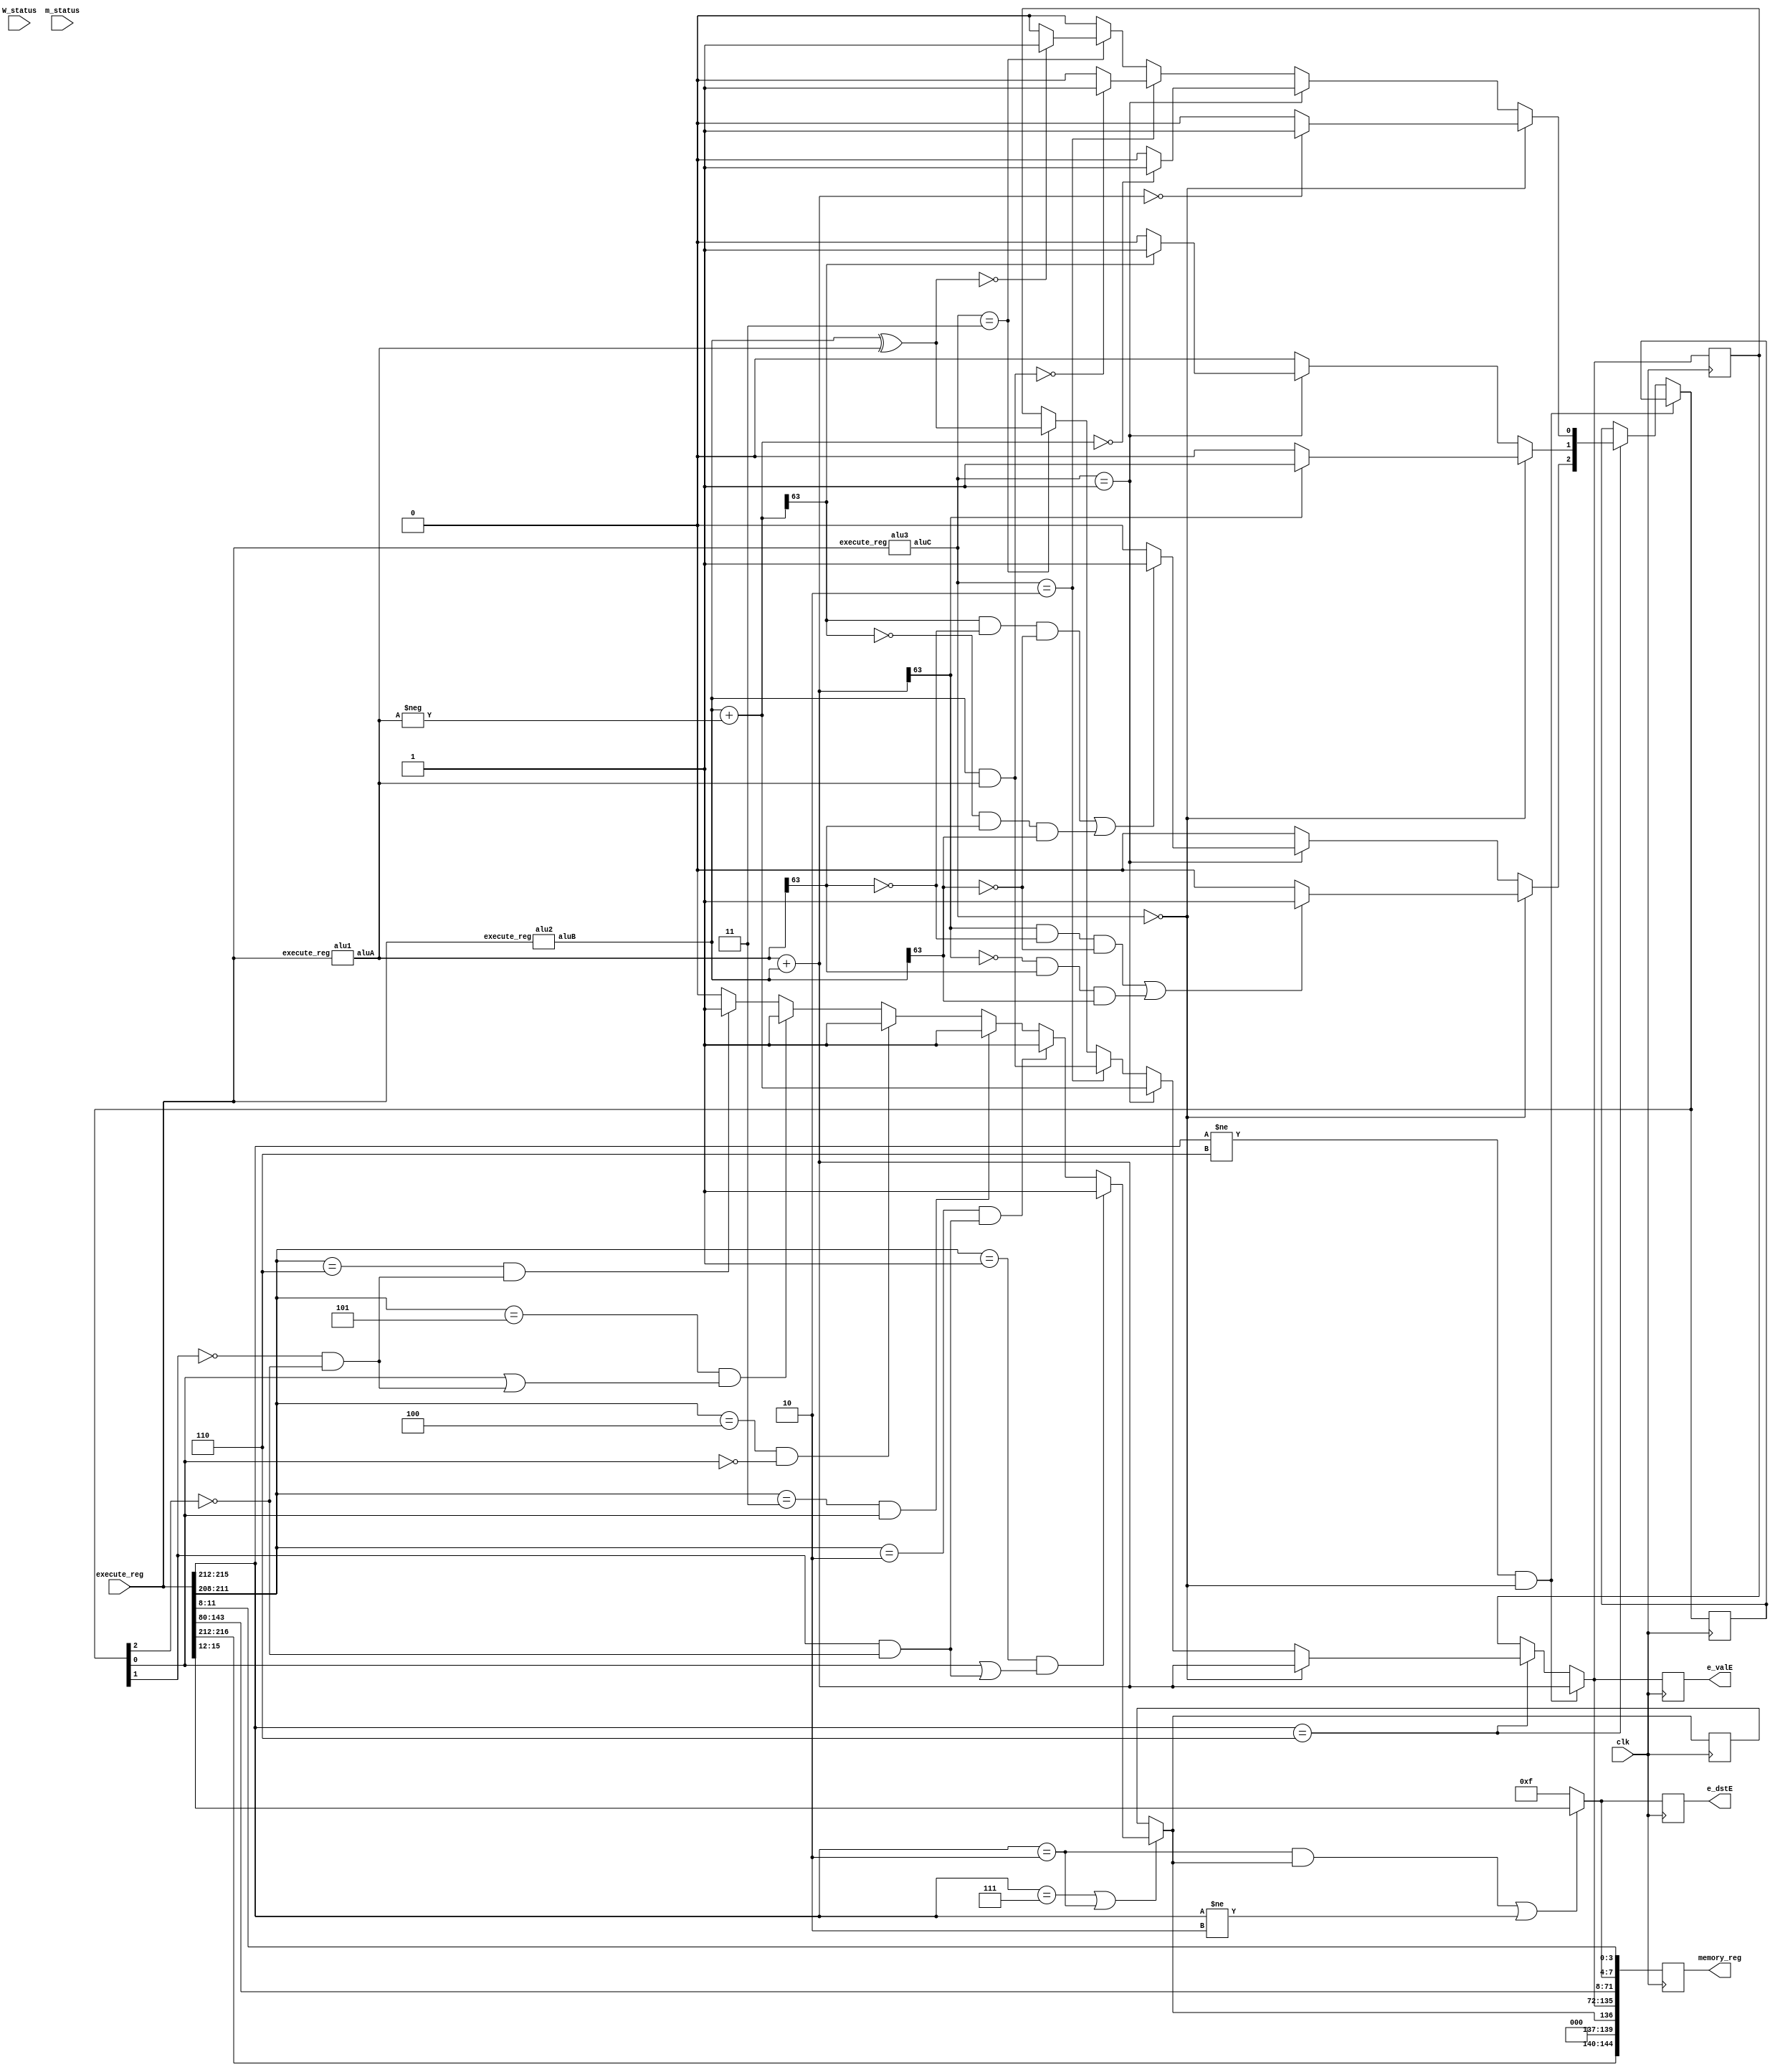
module execute(clk,execute_reg,W_status,m_status,e_valE,e_dstE,memory_reg);
input clk;
input [216:0] execute_reg;
input W_status;
input m_status;
output [63:0] e_valE;
output [3:0] e_dstE;
output reg [144:0] memory_reg;

reg cnd = 0;
reg [2:0] op = 0;

reg [63:0] e_valE;
reg [3:0] e_dstE;
reg [144:0] M;
wire [63:0] aluA;
wire [63:0] aluB;
wire [1:0] aluC;
reg [63:0] valE;
reg [3:0] ifun;

alu1 a1(execute_reg,aluA);
alu2 a2(execute_reg,aluB);
alu3 a3(execute_reg,aluC);

always @ (posedge clk)
begin
	if (execute_reg[215:212] != 6 && aluC == 0)
		valE = aluA + aluB;
	else if (execute_reg[215:212] == 6)
	begin
		op = 0;
		if(aluC == 0)
		begin
			valE = aluA + aluB;
                if(valE == 0)
                        op[0] = 1;
                if (valE[63]==1)
                        op[1] =1;
                if( (valE[63]==1 && aluA[63]==0 && aluB[63]==0) || (valE[63]==0 && aluA[63]==1 && aluB[63]==1))
                        op[2] =1;
                end
		else if (aluC == 1)
		begin
			valE = aluB+(-aluA);
                if(valE == 0)
                        op[0] = 1;
                if (valE[63]==1)
                        op[1] =1;
                if( (valE[63]==1 && aluA[63]==0 && aluB[63]==0) || (valE[63]==0 && aluA[63]==1 && aluB[63]==1))
                        op[2] =1;
                end
		else if (aluC == 2)
		begin
			valE = aluB & aluA;
		if (valE ==  0) op[0] = 1;
		end
		else if (aluC == 3) 
		begin
			valE = aluB^aluA;
			if(valE == 0) op[0] =1;
		end
	end
	if(execute_reg[215:212] == 7 || execute_reg[215:212] == 2)
	begin
        cnd = 0;  
	    ifun = execute_reg[211:208];
        if(ifun == 1 && (op[0] == 1 || (op[1]==1 && op[2] == 0)))
                cnd = 1;

        else if(ifun == 2 &&  (op[1]==1 && op[2] == 0))
                cnd = 1;
        else if(ifun == 3 && (op[0] == 1 ))
                cnd = 1;
        else if(ifun == 4 && (op[0] == 0))
                cnd = 1;
        else if(ifun == 5 && (op[0] == 1 ||(op[1] == 0 && op[2] == 0)))
                cnd = 1;
        else if(ifun == 6 && (op[1] == 0 && op[2] == 0))
                cnd = 1;
	
	end
	memory_reg[144] = execute_reg[216];
	memory_reg[143:140] =execute_reg[215:212];
	memory_reg[139:136] = cnd;
	memory_reg[135:72] = valE;
	e_valE  = valE;
	memory_reg[71:8] = execute_reg[143:80];
	if((execute_reg[215:212] == 2 && cnd == 1) || (execute_reg[215:212] != 2))
	begin
		e_dstE = execute_reg[15:12];
		memory_reg[7:4] = execute_reg[15:12];
	end
	else
	begin
		e_dstE = 15;
		memory_reg[7:4] = 15;
	end
	memory_reg[3:0] = execute_reg[11:8];

	
end
endmodule

module alu1(execute_reg,aluA);
input [216:0] execute_reg;
output reg [63:0] aluA;
reg [3:0] icode;
always @(*) begin
    icode = execute_reg[215:212];
	if(icode == 2 || icode == 6) 
        aluA = execute_reg[143:80];
	if(icode == 3 || icode  == 4 || icode == 5) 
        aluA = execute_reg[207:144];
	if(icode == 8 || icode == 10) 
        aluA = 8;
	if(icode == 9 || icode == 11) 
        aluA = -8;
    
end
endmodule

module alu2(execute_reg,aluB);
input [216:0] execute_reg;
output reg [63:0] aluB;
reg [3:0] icode;
always @(*) begin
    icode = execute_reg[215:212];
	if(icode == 4 || icode == 5 || icode == 6 || icode  == 8 || icode == 10 || icode == 11 || icode == 9) 
        aluB = execute_reg[79:16];
	if(icode == 2 || icode == 3) 
        aluB = 0;
    
end
endmodule 

module alu3(execute_reg,aluC);
input [216:0] execute_reg;
output reg [1:0] aluC;
always @(*) begin
    if(execute_reg[215:212] == 6) aluC = execute_reg[211:208];
	else aluC = 0;
    
end
endmodule